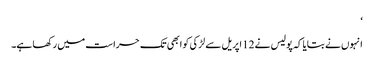
‘
انہوں نے بتایا کہ پولیس نے 12 اپریل سے لڑکی کو ابھی تک حراست میں رکھا ہے۔